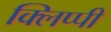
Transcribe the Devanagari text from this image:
क्लिप्पी